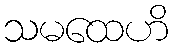
သမထေဟိ